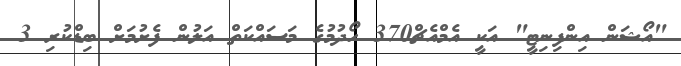
"އޯޝަން އިންފިނިޓީ" އަކީ އެމްއެޗް370 ހޯދުމުގެ މަސައްކަތް އަލުން ފެށުމަށް ބިޑްކުރި 3